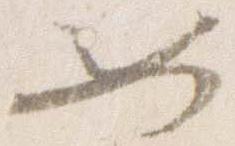
如